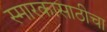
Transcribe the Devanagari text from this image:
स्मारकासाठीचा